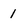
Character: 1